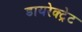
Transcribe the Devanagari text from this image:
डायरेक्ट्रेट